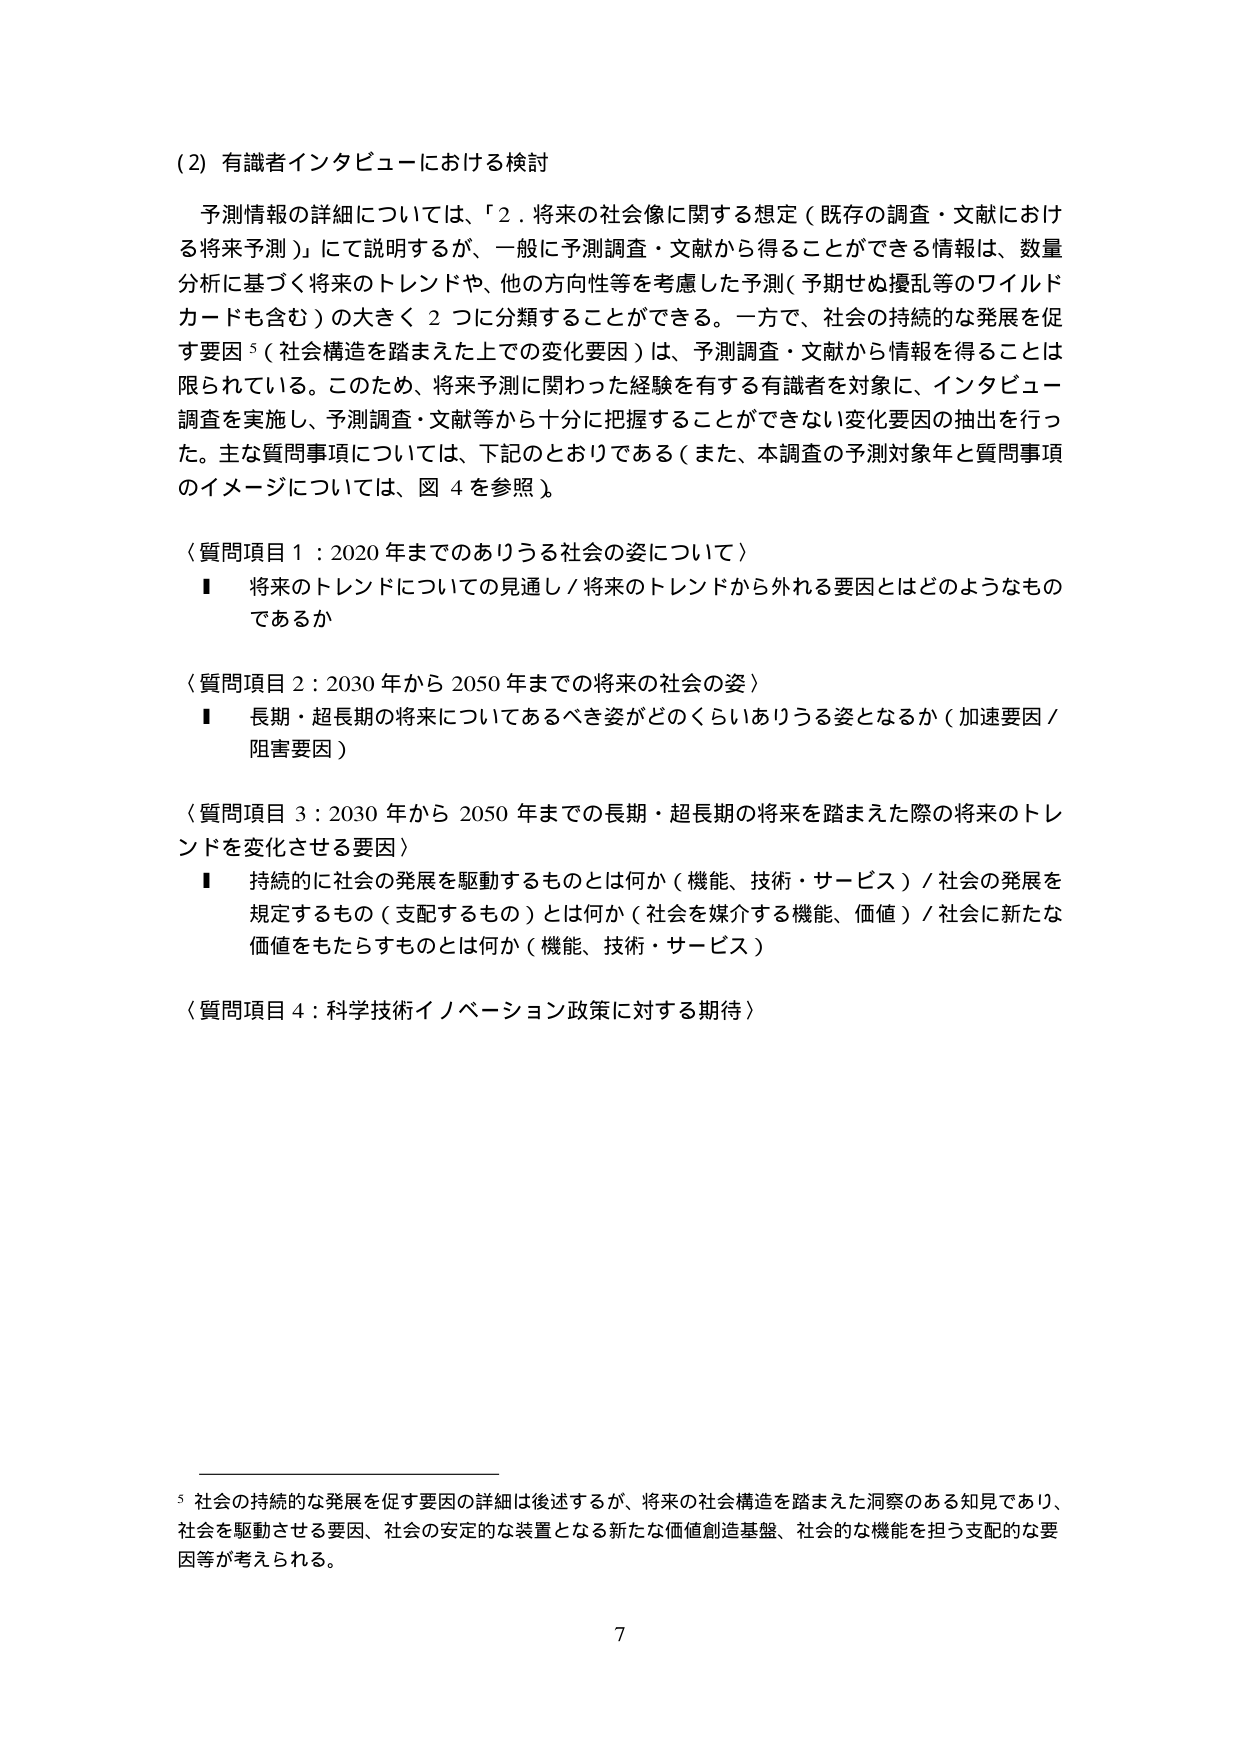
(2) 有識者インタビューにおける検討

予測情報の詳細については、「2．将来の社会像に関する想定（既存の調査・文献における将来予測）」にて説明するが、一般に予測調査・文献から得ることができる情報は、数量分析に基づく将来のトレンドや、他の方向性等を考慮した予測（予期せぬ擾乱等のワイルドカードも含む）の大きく2つに分類することができる。一方で、社会の持続的な発展を促す要因⁵（社会構造を踏まえた上での変化要因）は、予測調査・文献から情報を得ることは限られている。このため、将来予測に関わった経験を有する有識者を対象に、インタビュー調査を実施し、予測調査・文献等から十分に把握することができない変化要因の抽出を行った。主な質問事項については、下記のとおりである（また、本調査の予測対象年と質問事項のイメージについては、図4を参照）。

〈質問項目1：2020年までのありうる社会の姿について〉
■ 将来のトレンドについての見通し／将来のトレンドから外れる要因とはどのようなものであるか

〈質問項目2：2030年から2050年までの将来の社会の姿〉
■ 長期・超長期の将来についてあるべき姿がどのくらいありうる姿となるか（加速要因／阻害要因）

〈質問項目3：2030年から2050年までの長期・超長期の将来を踏まえた際の将来のトレンドを変化させる要因〉
■ 持続的に社会の発展を駆動するものとは何か（機能、技術・サービス）／社会の発展を規定するもの（支配するもの）とは何か（社会を媒介する機能、価値）／社会に新たな価値をもたらすものとは何か（機能、技術・サービス）

〈質問項目4：科学技術イノベーション政策に対する期待〉

⁵ 社会の持続的な発展を促す要因の詳細は後述するが、将来の社会構造を踏まえた洞察のある知見であり、社会を駆動させる要因、社会の安定的な装置となる新たな価値創造基盤、社会的な機能を担う支配的な要因等が考えられる。

7